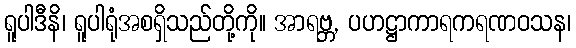
ရူပါဒီနိ၊ ရူပါရုံအစရှိသည်တို့ကို။ အာရဗ္ဘ, ပဟဋ္ဌာကာရကရဏဝသန၊